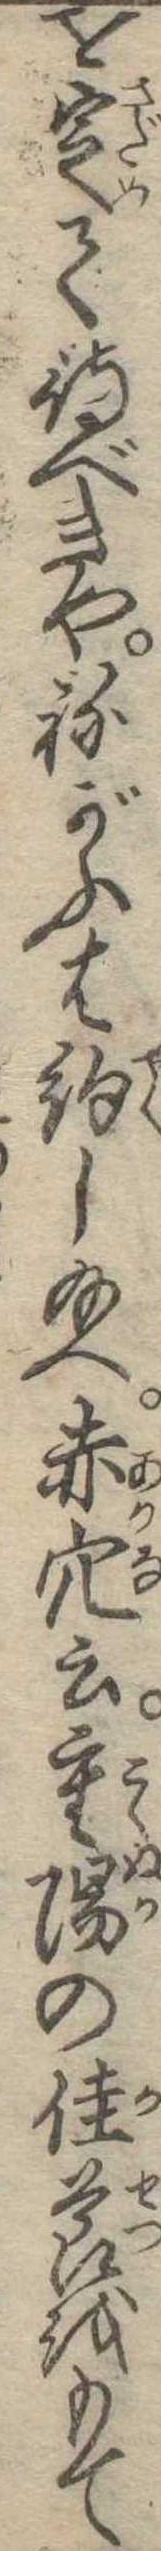
を定て待べきやねがふは約し給へ赤穴云重陽の佳節をもて